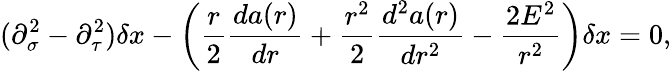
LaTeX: (\partial_{\sigma}^{2}-\partial_{\tau}^{2})\delta x-\left(\frac{r}{2}\frac{da(r)}{dr}+\frac{r^{2}}{2}\frac{d^{2}a(r)}{dr^{2}}-\frac{2E^{2}}{r^{2}}\right)\delta x=0,